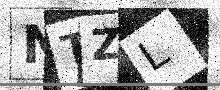
Text: NTZL